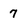
Character: 7